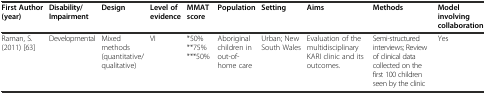
<table><thead><tr><td><b>First Author (year)</b></td><td><b>Disability/Impairment</b></td><td><b>Design</b></td><td><b>Level of evidence</b></td><td><b>MMAT score</b></td><td><b>Population</b></td><td><b>Setting</b></td><td><b>Aims</b></td><td><b>Methods</b></td><td><b>Model involving collaboration</b></td></tr></thead><tbody><tr><td>Raman, S. (2011) [63]</td><td>Developmental</td><td>Mixed methods (quantitative/qualitative)</td><td>VI</td><td>*50% **75% ***50%</td><td>Aboriginal children in out-of-home care</td><td>Urban; New South Wales</td><td>Evaluation of the multidisciplinary KARI clinic and its outcomes.</td><td>Semi-structured interviews; Review of clinical data collected on the first 100 children seen by the clinic</td><td>Yes</td></tr></tbody></table>